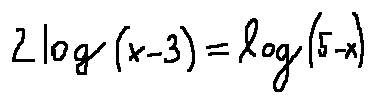
2 \log ( x - 3 ) = \log ( 5 - x )